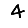
Digit: 4